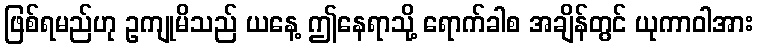
ဖြစ်ရမည်ဟု ဥကျုမိသည် ယနေ့ ဤနေရာသို့ ရောက်ခါစ အချိန်တွင် ယုကာဝါအား